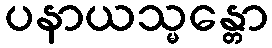
ပနာယသ္မန္တော